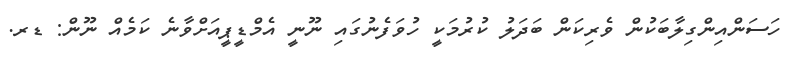
ހަސަންއިންގިލާބަކުން ވެރިކަން ބަދަލު ކުރުމަކީ ހުވަފެނުގައި ނޫނީ އެމްޑީޕީއަށްވާނެ ކަމެއް ނޫން: ޑރ.